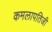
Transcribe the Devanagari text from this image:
कमलापतिजी